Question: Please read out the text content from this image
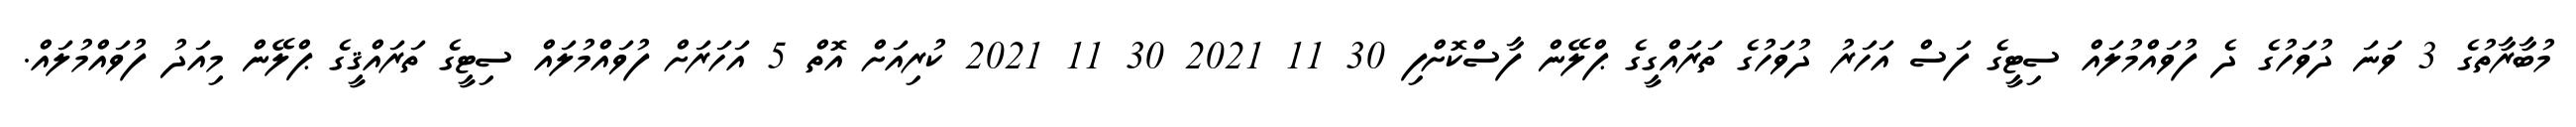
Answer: މުބާރާތުގެ 3 ވަނަ ދުވަހުގެ ދެ ފުވައްމުލައް ސިޓީގެ ފަސް އަހަރު ދުވަހުގެ ތަރައްގީގެ ޕްލޭން ފާސްކޮށްފި 30 11 2021 30 11 2021 ކުރިއަށް އޮތް 5 އަހަރަށް ފުވައްމުލައް ސިޓީގެ ތަރައްޤީގެ ޕްލޭން މިއަދު ފުވައްމުލައް.